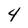
Character: 4